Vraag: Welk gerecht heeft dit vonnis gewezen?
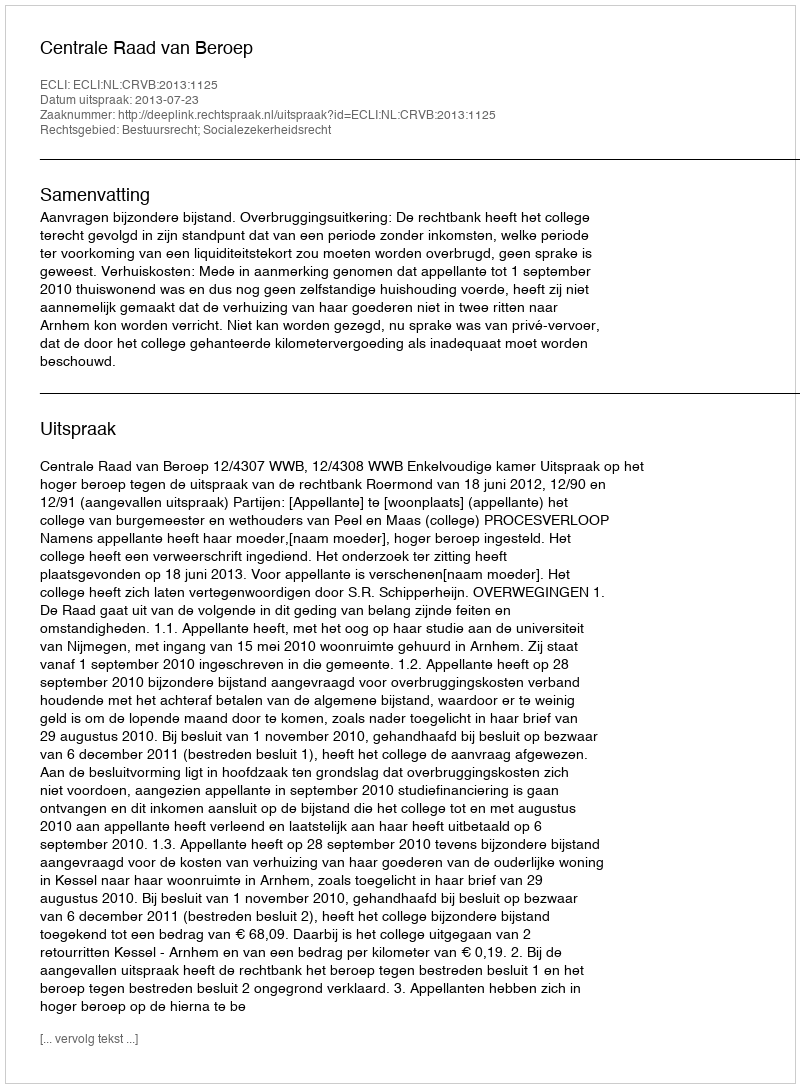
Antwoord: Centrale Raad van Beroep